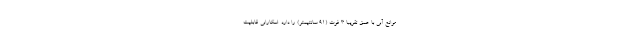
موانع آبی با عمق تقریبا 3 فوت (91 سانتیمتر) را دارد. اسکارابی قابلیت